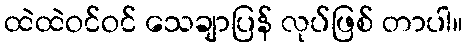
ထဲထဲဝင်ဝင် သေချာပြန် လုပ်ဖြစ် တာပါ။